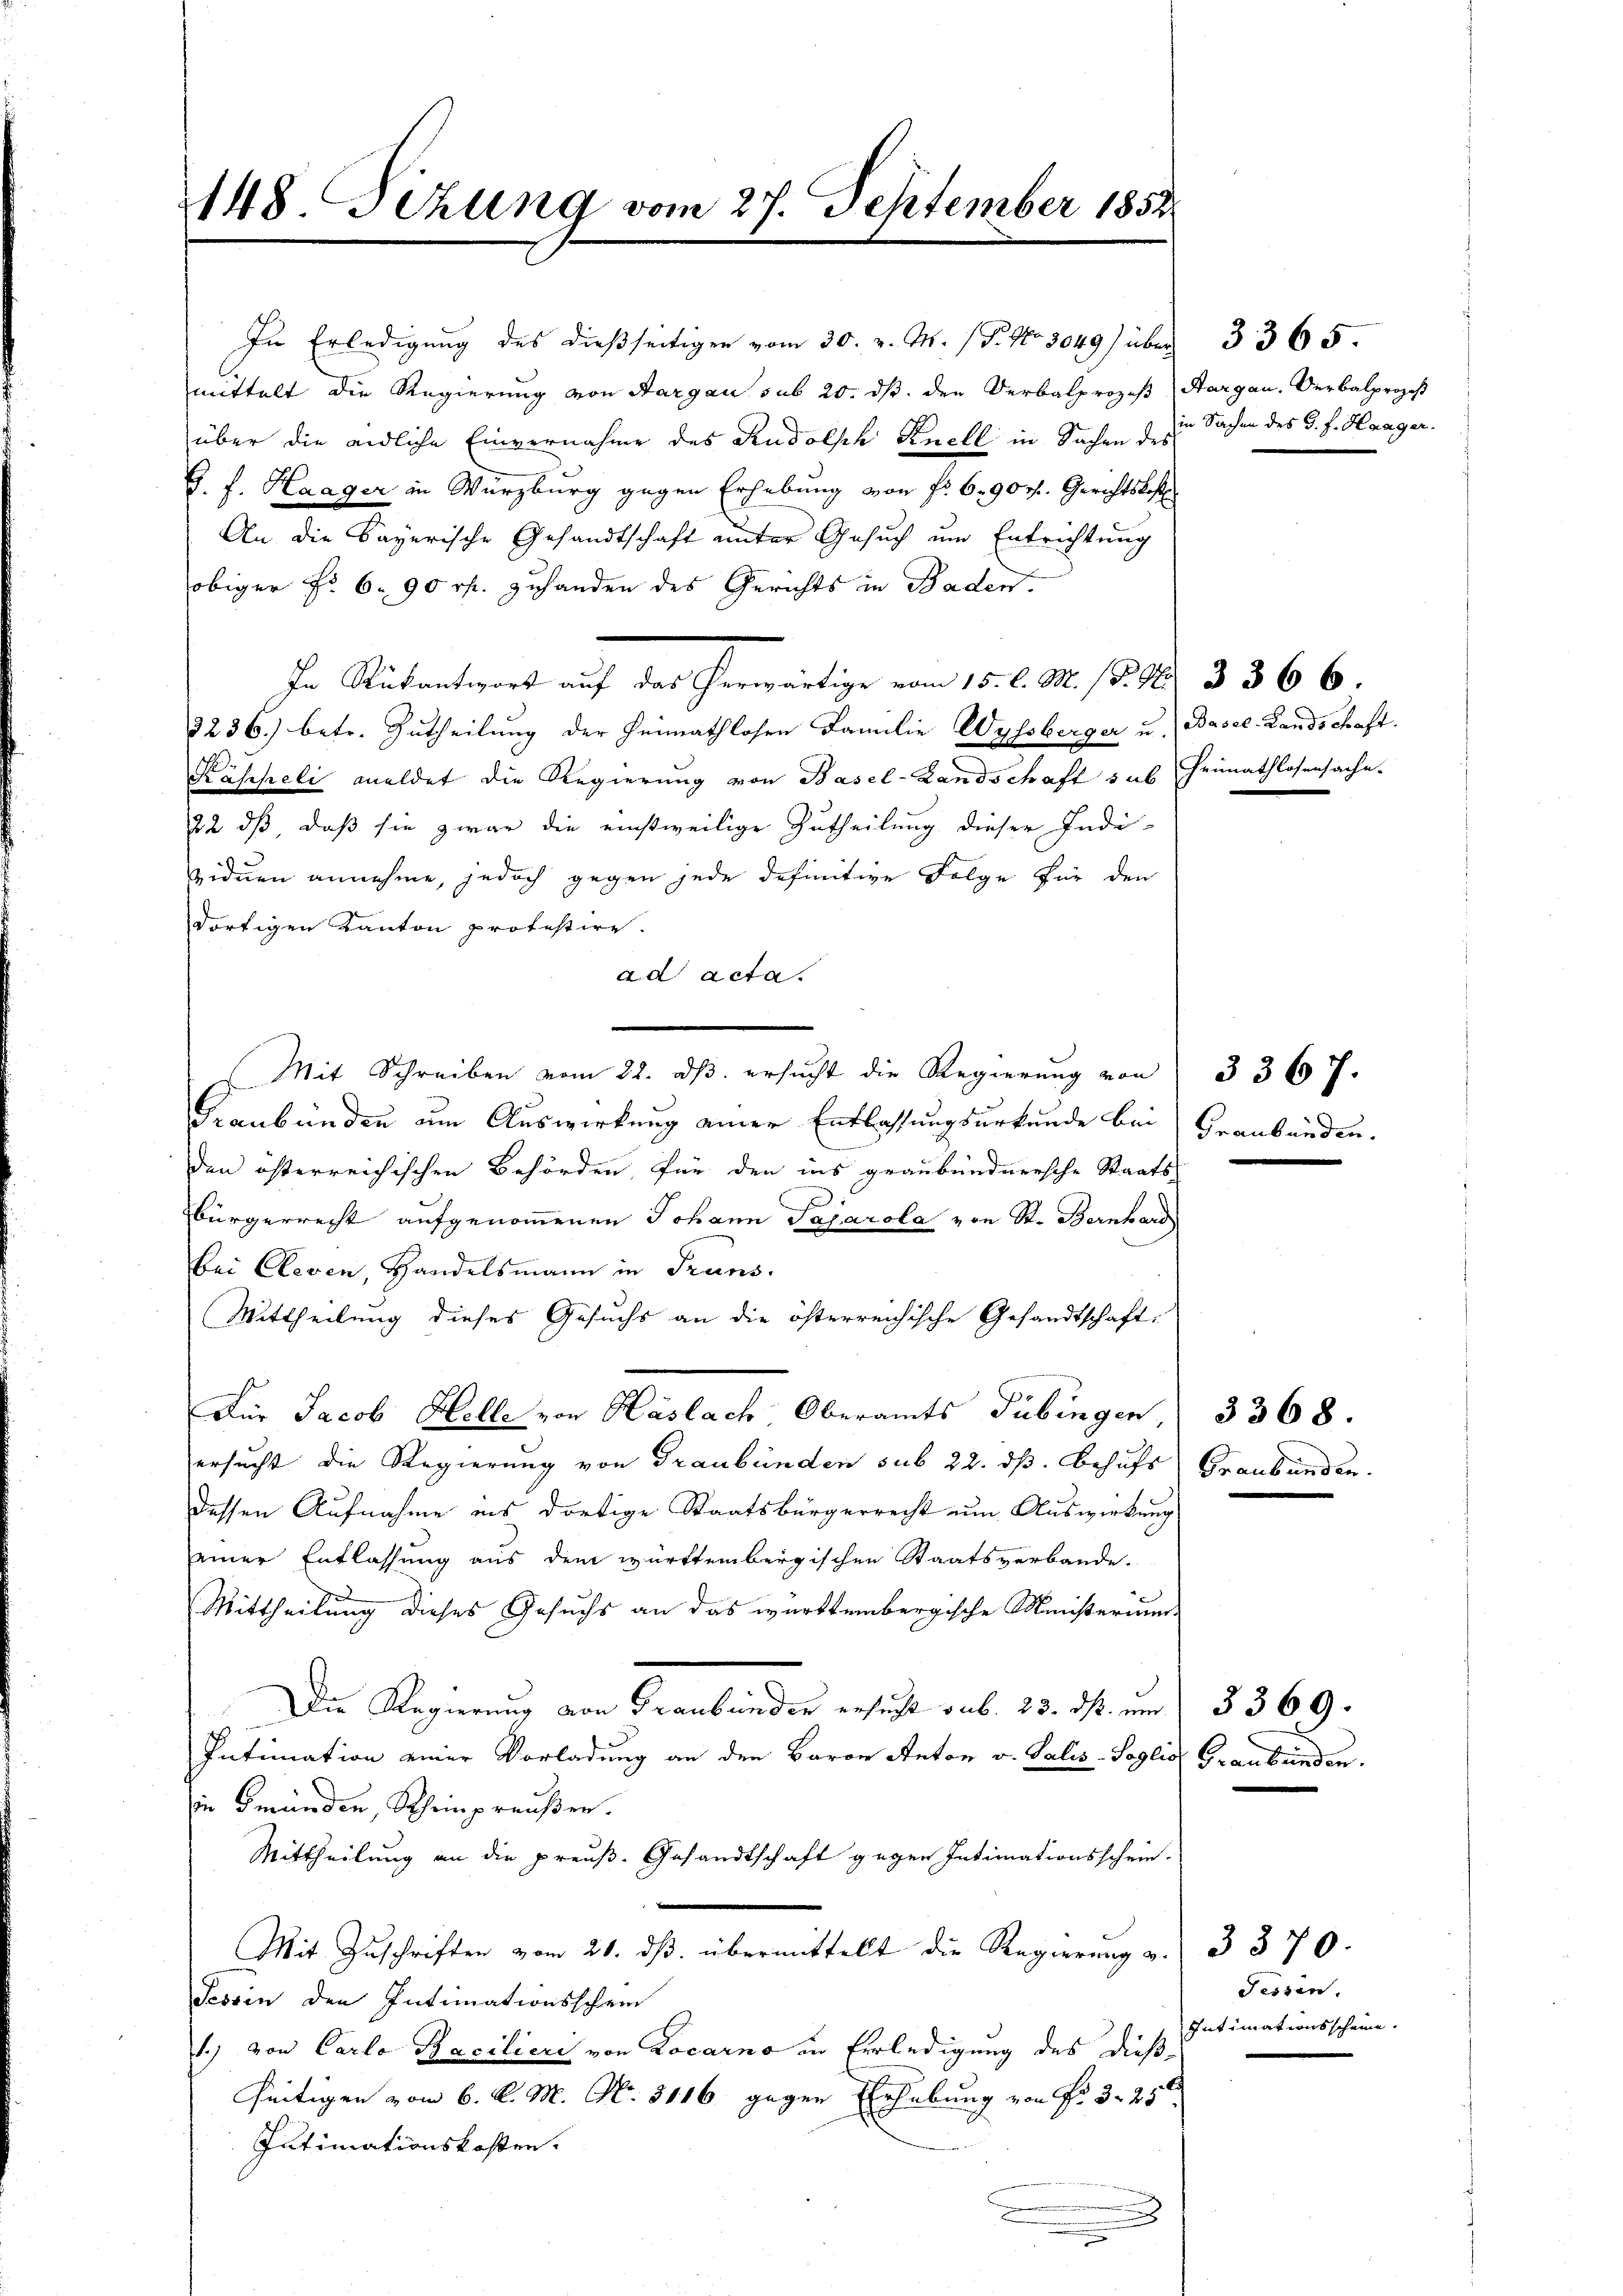
mittelt die Regierung von Aargau sub 20. ds. den Verbalprozeß
über die endliche Einvernahme des Rudolph Knell in Sachen des
G. f. Haager in Würzburg gegen Erhebung von fr. 6. 907. Gerichtsbest
An die Bayerische Gesandtschaft unter Gesuch um Entrichtung
obiger No. 6.90 rp. zuhanden des Gerichts in Baden.
In Rückantwort auf das herwärtige vom 15. d. M. (§. 1. 336 6.
3236) betr. Zutheilung der Heimathlosen Familie Wylsberger u. Basel-Landschaft.
Käspieli meldet die Regierung von Basel-Landschaft sus Heimathlosensache.
22 dß daß sie zwar die einstweilige Zutheilung dieser Indi-
viduen annehme, jedoch gegen jede definitive Folge für den
dortigen Kanton protestire.
ad acta.
Mit Schreiben vom 22. ds. ersucht die Regierung von
Graubünden um Auswirkung einer Entlassungsurkunde bei
den österreichischen Behörden, für den ins graubündnersche Staats-
.
Bürgerrecht aufgenommenen Johann Saparola von St. Bernhard
bei Cleven, Handelsmann in Truns.
Mittheilung dieses Gesuchs an die österreichische Gesandtschaft,
Für Jacob Helle von Haslach Oberamts Tübingen,
ersucht die Regierung von Graubünden sub 22. dß. Behufs
dessen Aufnahme ins dortige Staatsbürgerrecht um Auswirkung
einer Entlassung aus dem württembergischen Staatsverbande.
Mittheilung dieses Gesuchs an das württembergische Ministerium
Die Regierung von Graubünden ersucht sub. 23. ds. ein
Intimation einer Vorladung an den Baron Anton v. Salis-Soglis
in Gründen, Scheinpreußen.
Mittheilung an die preuß. Gesandtschaft gegen Intimationsschein-
Mit Zuschriften vom 20. ds. übermittelt die Regierung v.
Tessin den Intimationsschein
1.) von Carlo Pacilieri von Locarno in Erledigung des dieße
seitigen vom 6. d. M. N. 3116 gegen Erhebung von Fr. 3. 25t
Jutimationskosten.
.

148. Dezung vom 27. September 1852

In Erledigung des dießseitigen vom 30. v. M. (T. No 3049) über

Graubünden.

Aargau. Verbalprozeß
in Sachen des P. F. Haager.

3365.

3367.

Graubünden.

3368.

Graubünden.

3369.

3370.
Fessen.
Intimationsscheine.